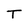
Character: T